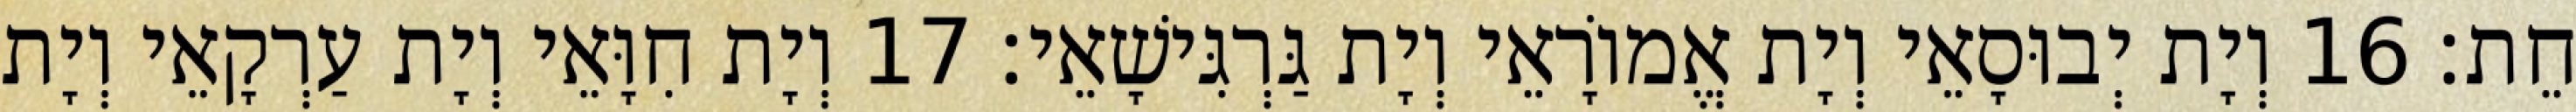
חֵת׃ 16 וְיָת יְבוּסָאֵי וְיָת אֱמוֹרָאֵי וְיָת גַּרְגִּישָׁאֵי׃ 17 וְיָת חִוָּאֵי וְיָת עַרְקָאֵי וְיָת